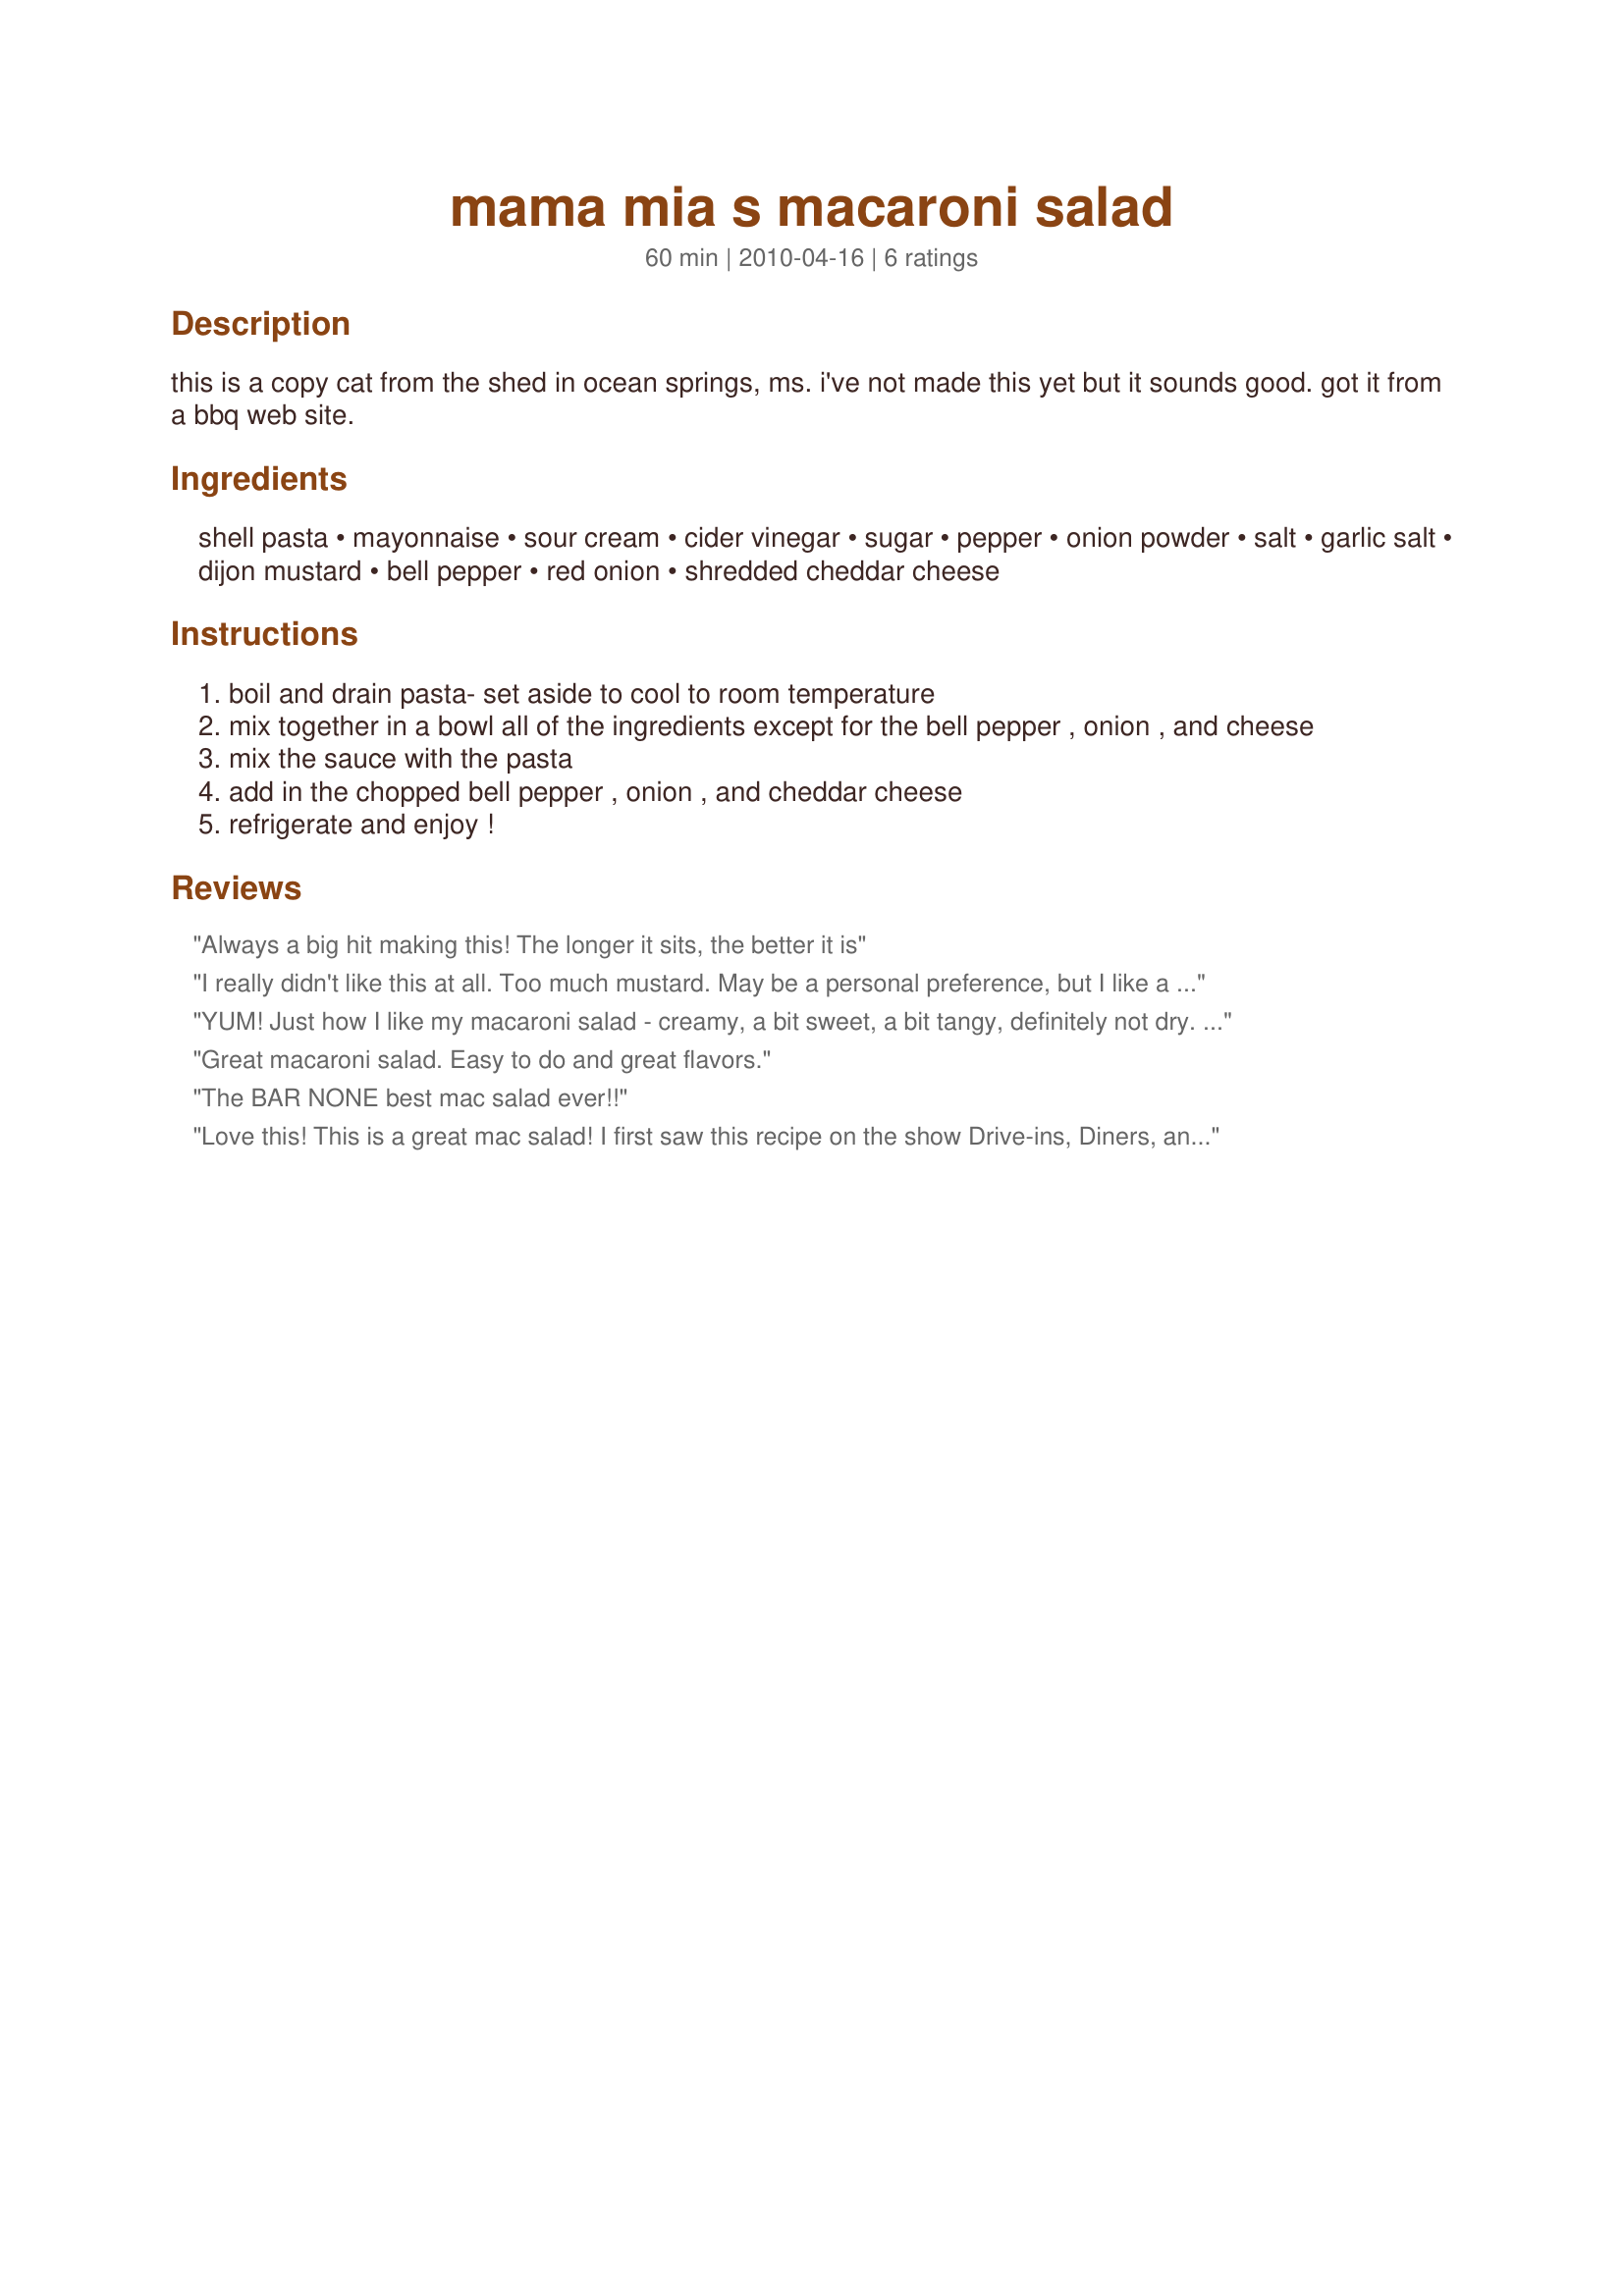
mama mia s macaroni salad
Preparation time: 60 minutes

this is a copy cat from the shed in ocean springs, ms. i've not made this yet but it sounds good. got it from a bbq web site.

Ingredients:
shell pasta, mayonnaise, sour cream, cider vinegar, sugar, pepper, onion powder, salt, garlic salt, dijon mustard, bell pepper, red onion, shredded cheddar cheese

Steps:
boil and drain pasta- set aside to cool to room temperature
mix together in a bowl all of the ingredients except for the bell pepper , onion , and cheese
mix the sauce with the pasta
add in the chopped bell pepper , onion , and cheddar cheese
refrigerate and enjoy !

Reviews:
Always a big hit making this! The longer it sits, the better it is
I really didn't like this at all. Too much mustard. May be a personal preference, but I like a more traditional macaroni salad with elbow macaroni, eggs, etc.
YUM! Just how I like my macaroni salad - creamy, a bit sweet, a bit tangy, definitely not dry. This is so good - I keep sneaking back into the kitchen for another forkful! Made for PAC Spring '11.
Great macaroni salad. Easy to do and great flavors.
The BAR NONE best mac salad ever!!
Love this! This is a great mac salad! I first saw this recipe on the show Drive-ins, Diners, and Dives and had to find the recipe. This makes a very creamy macaroni salad. My hubby, who doesnt care for macaroni salad, said 3 times how he loved this recipe while eating it. There is an error in the recipe, where it says 2 cups "cooked" shells, it needs to be "uncooked" or you will have too much dressing and not enough pasta. I put about a cup of shredded mild cheddar cheese in. I noticed after tasting that sharp cheddar would of been better. If you watch the video on foodnetwork, you will see their cheese is the thicker shredded instead of the finely shredded. A day in the fridge sure makes it flavorful. From reading on the internet, the restaurant serves this right after they make it without refrigerating. I tried it both ways and liked it refrigerated better. Great mac salad! I will make this again and again!
